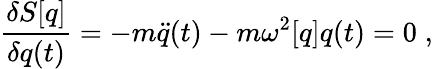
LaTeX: {\frac{\delta S[q]}{\delta q(t)}}=-m\ddot{q}(t)-m\omega^{2}[q]q(t)=0\; ,